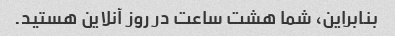
بنابراین، شما هشت ساعت در روز آنلاین هستید.